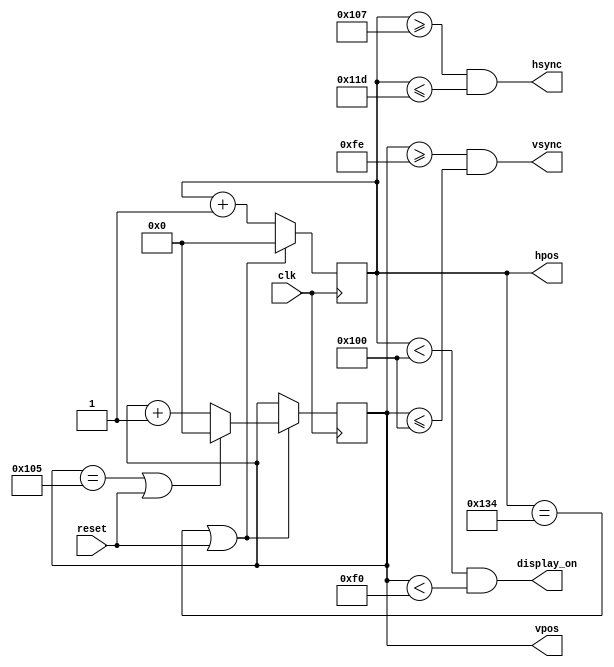
`ifndef HVSYNC_GENERATOR 
`define HVSYNC_GENERATOR
module hvsync_generator(clk, reset, hsync, vsync, display_on, hpos, vpos);

input wire clk;
input wire reset;
output wire hsync, vsync;
output wire display_on;
output reg [8:0] hpos;
output reg [8:0] vpos;

localparam H_DISPLAY    = 256;  // horizontal display width
localparam H_BACK       =  23;  // left border (aka back porch)
localparam H_FRONT      =   7;  // right border (aka front porch)
localparam H_SYNC       =  23;  // horizontal sync width

localparam V_DISPLAY    = 240;  // vertical display height
localparam V_TOP        =   5;  // vertical top border
localparam V_BOTTOM     =  14;  // vertical bottom border
localparam V_SYNC       =   3;  // vertial sync # lines;

localparam H_SYNC_START = H_DISPLAY + H_FRONT;
localparam H_SYNC_END   = H_DISPLAY + H_FRONT + H_SYNC - 1;
localparam H_MAX        = H_DISPLAY + H_FRONT + H_BACK + H_SYNC - 1;

localparam V_SYNC_START = V_DISPLAY + V_BOTTOM;
localparam V_SYNC_END   = V_DISPLAY + V_BOTTOM + V_SYNC - 1;
localparam V_MAX        = V_DISPLAY + V_BOTTOM + V_SYNC + V_TOP - 1;

wire hmaxxed = (hpos == H_MAX) || reset;
wire vmaxxed = (vpos == V_MAX) || reset;

assign hsync = hpos >= H_SYNC_START && hpos <= H_SYNC_END;
// HPos counter
always @(posedge clk)
begin
    if(hmaxxed)
        hpos <=0;
    else
        hpos <= hpos + 1;
end

assign vsync = vpos >= V_SYNC_START && vpos <= V_SYNC_END;
// VPos counter
always @(posedge clk)
begin
    if(hmaxxed)
        if(vmaxxed)
            vpos <= 0;
        else   
            vpos <= vpos + 1;
end

assign display_on = (hpos < H_DISPLAY) && (vpos < V_DISPLAY);

endmodule
`endif